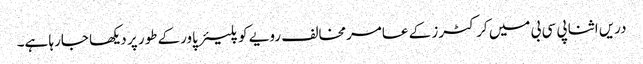
دریں اثنا پی سی بی میں کرکٹرز کے عامرمخالف رویے کو پلیئر پاورکے طور پر دیکھا جارہا ہے۔